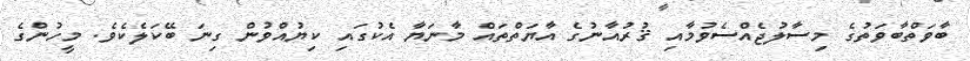
ބާވަތްބާވަތުގެ މިސާލުޖެއްސެވުމާއި ޤުރުއާނުގެ އާޔަތްތައް މާނަޔާ އެކުގައި ކިޔުއްވުން ގިނަ ބޭކަލެކެވެ. މީހުންގެ